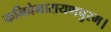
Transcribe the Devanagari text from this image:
कनिवेनारायणपुरम।